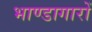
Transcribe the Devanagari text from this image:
भाण्डागारों